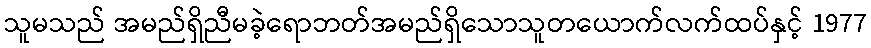
သူမသည် အမည်ရှိညီမခဲ့ရောဘတ်အမည်ရှိသောသူတယောက်လက်ထပ်နှင့် 1977